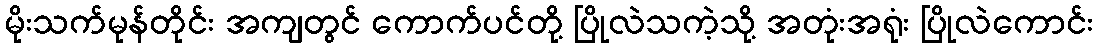
မိုးသက်မုန်တိုင်း အကျတွင် ကောက်ပင်တို့ ပြိုလဲသကဲ့သို့ အတုံးအရုံး ပြိုလဲကောင်း